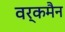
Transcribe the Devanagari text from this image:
वर्कमैन